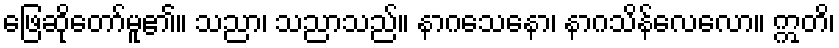
ဖြေဆိုတော်မူ၏။ သညာ၊ သညာသည်။ နာဂသေနော၊ နာဂသိန်လေလော။ ဣတိ၊